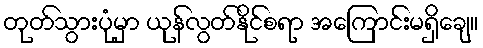
တုတ်သွားပုံမှာ ယုန်လွတ်နိုင်စရာ အကြောင်းမရှိချေ။